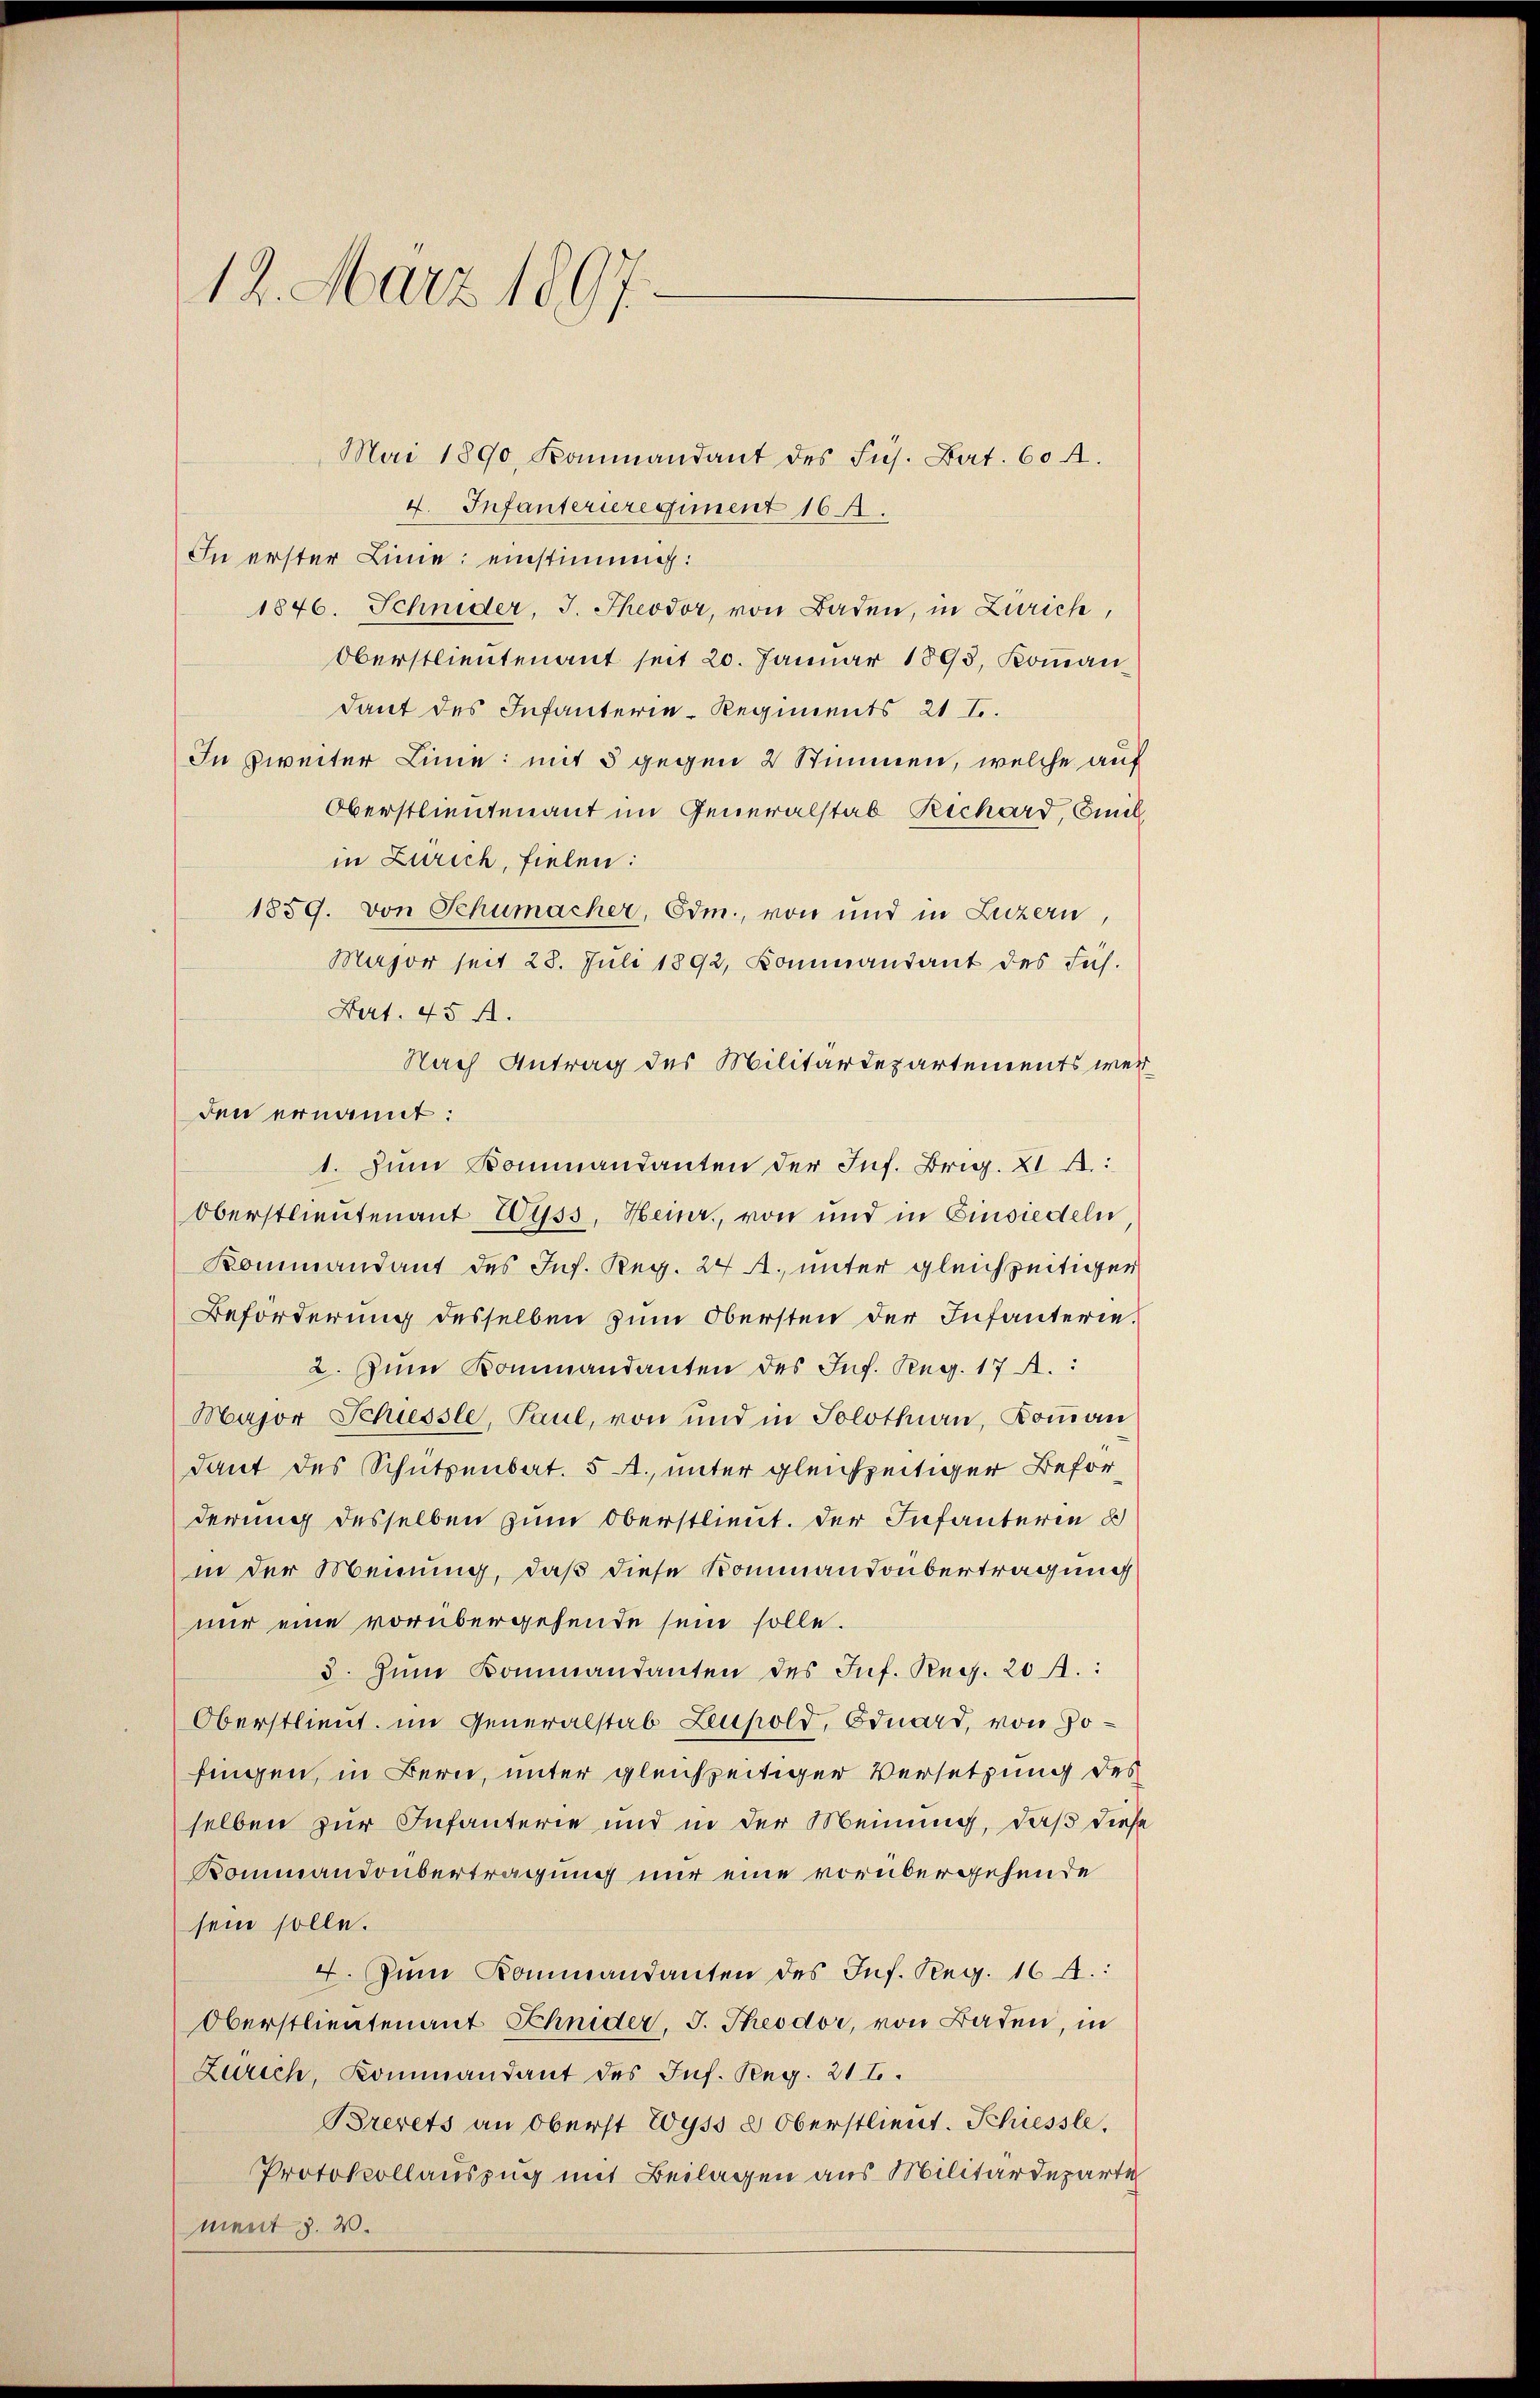
12. März 1897.

Mai 1890, Kommandant des Fus. Bat. 60 f.
4. Infanterieregiment 165.
In erster Linie einstimmig:
1846. Schnider, J. Theodor, von Baden, in Zürich,
Oberstlieutenant seit 20. Januar 1898, Kommandant des Infanterie-Regiments 21 f.
In zweiter Linie mit 5 gegen 2 Stimmen, welche auf
Oberstlieutenant im Generalstab Rechard, Emil
in Zürich, fielen:
1859. von Schumacher, Edm., von und in Luzern,
Major seit 28. Juli 1892, Kommandant des Füh-
Aart. 45 f.
Nach Antrag des Militärdepartements wer
den ernannt:
1. Zum Kommandanten der Jnf. Brig. XI A:
Oberstlieutenant Wyss, Heinr., von und in Einsiedeln,
Kommandant des Inf. Reg. 24 Al., unter gleichzeitigen
Beforderung desselben zum Obersten der Infanterie¬
2. Zum Kommandanten des Inf. Reg. 17 A.:
Major Schiessle, Paul, von und in Solothurn, Komman
dant des Schützenbat. 5 A., unter gleichzeitiger Beförderung desselben zum Oberstlieut. Der Infanterie u
in der Meinung, daß diese Kommandoübertragung
nur eine vorübergehende sein solle.
3. Zum Kommandanten des Inf. Reg. 20 A.:
Oberstlieut. im Generalstab Leuhold, Oduard, von Jofingen, in Bern, unter gleichzeitiger Versetzung des
selben zur Infanterie und in der Meinung, daß diese
Kommandobertragung nur eine vorübergehende
sein solle.
4. Zum Kommandanten des Inf. Reg. 16 A.:
Oberstlieutenant Schnider, J. Theodor, von Baden, in
Zürich, Kommandant des Inf. Reg. 21.
Brevets an Oberst Wyss & Oberstlieut. Schiessle.
Protokollauszug mit Beilagen aus Militärdeparte
ment z. B.